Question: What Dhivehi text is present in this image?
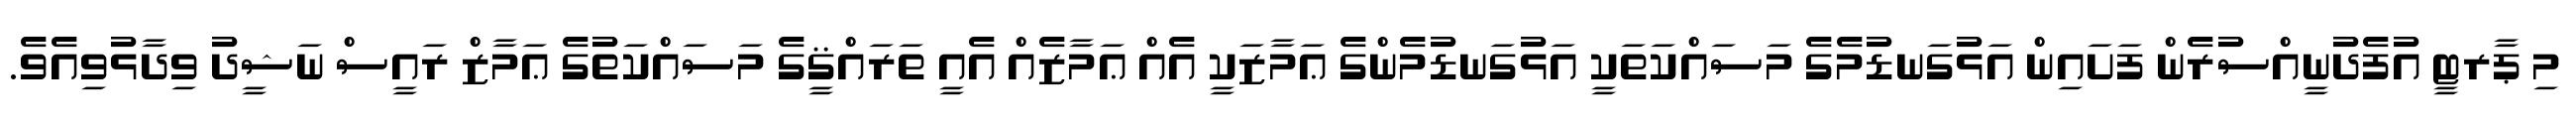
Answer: މި ޕާރޓީ އުފެދުނީއްސުރެން ފަށައިން އަޅުގަނޑުމެގެ މަސައްކަތަކީ އަޅުގަނޑުމެންގެ ޢަމާޒަކީ އެއް ޢަމާޒެއް އެއީ ތަރައްޤީގެ މަސައްކަތުގެ ޢަމާޒް ރައީސް ނަޝީދު ވިދާޅުވިއެވެ.